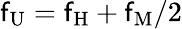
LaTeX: \mathsf{f}_{\mathrm{{U}}}=\mathsf{f}_{\mathrm{{H}}}+\mathsf{f}_{\mathrm{{M}}}/2